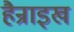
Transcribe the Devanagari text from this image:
हैन्राइख